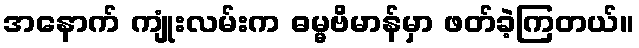
အနောက် ကျုံးလမ်းက ဓမ္မဗိမာန်မှာ ဖတ်ခဲ့ကြတယ်။